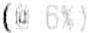
(@ 6%)